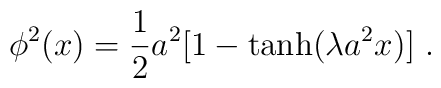
\phi^2(x) = \frac{1}{2}a^2[1-\tanh(\lambda a^2 x)] ~.